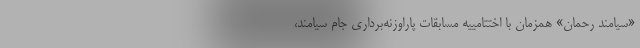
«سیامند رحمان» همزمان با اختتامییه مسابقات پاراوزنه‌برداری جام سیامند،